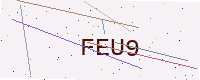
Text: FEU9